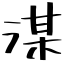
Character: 湈